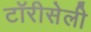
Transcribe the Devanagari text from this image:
टॉरीसेली